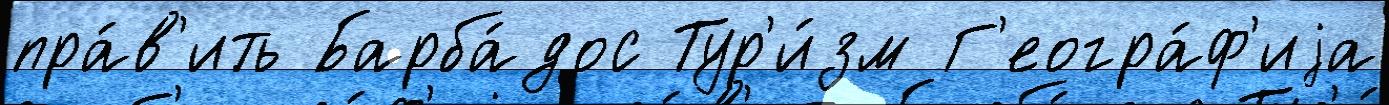
пра́в'ить Барба́дос Тур'и́зм Г'еогра́ф'иjа